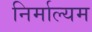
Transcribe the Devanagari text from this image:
निर्माल्यम